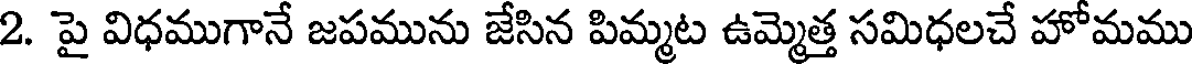
2. పై విధముగానే జపమును జేసిన పిమ్మట ఉమ్మెత్త సమిధలచే హోమము